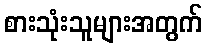
စားသုံးသူများအတွက်